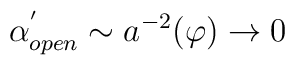
\alpha _{open}^{^{\prime }}\sim a^{-2}(\varphi )\rightarrow 0